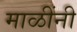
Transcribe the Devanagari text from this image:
माळींनी